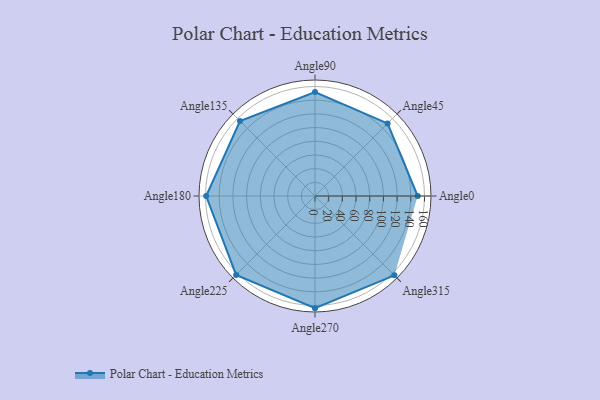
{"axis": {"x": "Angle", "y": "Radius"}, "legend": [""], "data": [{"x": "Angle0", "y": 150.0, "type": ""}, {"x": "Angle45", "y": 150.0, "type": ""}, {"x": "Angle90", "y": 152.0, "type": ""}, {"x": "Angle135", "y": 155.0, "type": ""}, {"x": "Angle180", "y": 159.0, "type": ""}, {"x": "Angle225", "y": 163.0, "type": ""}, {"x": "Angle270", "y": 164.0, "type": ""}, {"x": "Angle315", "y": 164.0, "type": ""}]}